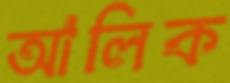
আলিক